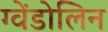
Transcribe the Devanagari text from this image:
ग्वेंडोलिन